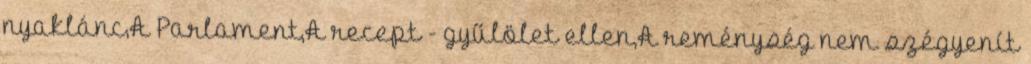
nyaklánc,A Parlament,A recept - gyűlölet ellen,A reménység nem szégyenít